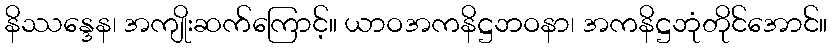
နိဿန္ဒေန၊ အကျိုးဆက်ကြောင့်။ ယာဝအကနိဋ္ဌဘဝနာ၊ အကနိဋ္ဌဘုံတိုင်အောင်။